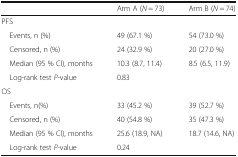
|  | Arm A (N = 73) | Arm B (N = 74) |
 | --- | --- | --- |
 | <COLSPAN=3> PFS |
 | Events, n (%) | 49 (67.1 %) | 54 (73.0 %) |
 | Censored, n (%) | 24 (32.9 %) | 20 (27.0 %) |
 | Median (95 % CI), months | 10.3 (8.7, 11.4) | 8.5 (6.5, 11.9) |
 | Log-rank test P-value | <COLSPAN=2> 0.83 |
 | <COLSPAN=3> OS |
 | Events, n(%) | 33 (45.2 %) | 39 (52.7 %) |
 | Censored, n (%) | 40 (54.8 %) | 35 (47.3 %) |
 | Median (95 % CI), months | 25.6 (18.9, NA) | 18.7 (14.6, NA) |
 | Log-rank test P-value | <COLSPAN=2> 0.24 |